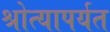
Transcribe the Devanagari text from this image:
श्रोत्यापर्यत